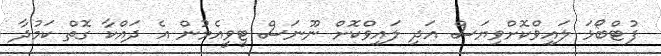
ފުޓްބޯޅަ ލައިވްކޮށްވިޔަސް އަދި ލައިވްކޮށް ނޫނަސް ޓީވީއެމުން އެ ދައްކާ ގޮތް ކަމުދާ